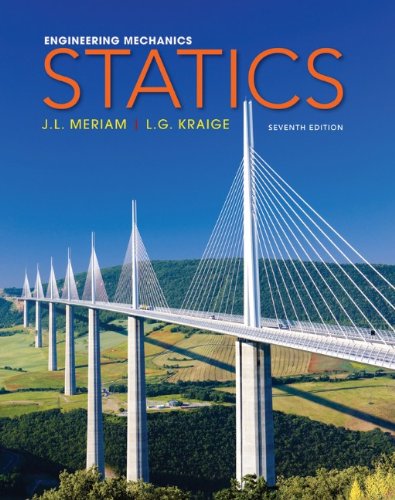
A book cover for Engineering Mechanics: Statics; J. L. Meriam; Science & Math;